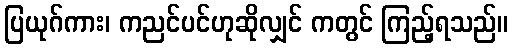
ပြယုဂ်ကား၊ ကညင်ပင်ဟုဆိုလျှင် ကတွင် ကြည့်ရသည်။